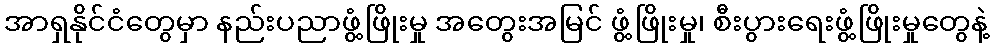
အာရှနိုင်ငံတွေမှာ နည်းပညာဖွံ့ဖြိုးမှု အတွေးအမြင် ဖွံ့ဖြိုးမှု၊ စီးပွားရေးဖွံ့ဖြိုးမှုတွေနဲ့